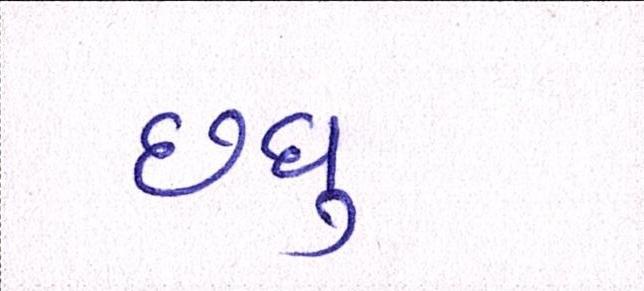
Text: છધુ